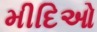
મીદિઓ